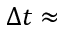
\Delta t \approx